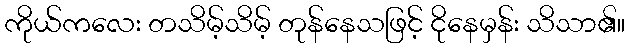
ကိုယ်ကလေး တသိမ့်သိမ့် တုန်နေသဖြင့် ငိုနေမှန်း သိသာ၏။